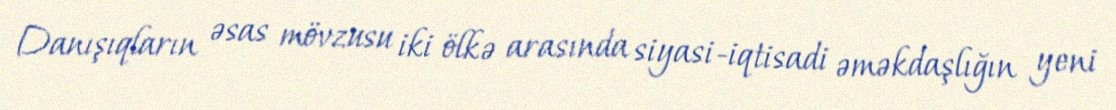
Danışıqların əsas mövzusu iki ölkə arasında siyasi-iqtisadi əməkdaşlığın yeni